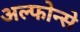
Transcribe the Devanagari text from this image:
अल्फोन्से